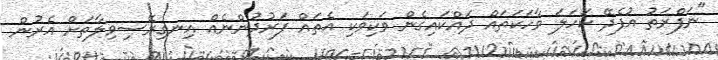
"ނަފްރަތު އުފެދޭ ކަހަލަ ވާހަކަތައް ދައްކައިގެން ވަކިވަކި އެތައް ފަރުދުންނެއް އިނގިރޭސިވިލާތަށް އެރުން